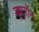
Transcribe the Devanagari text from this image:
ड्युरॉन